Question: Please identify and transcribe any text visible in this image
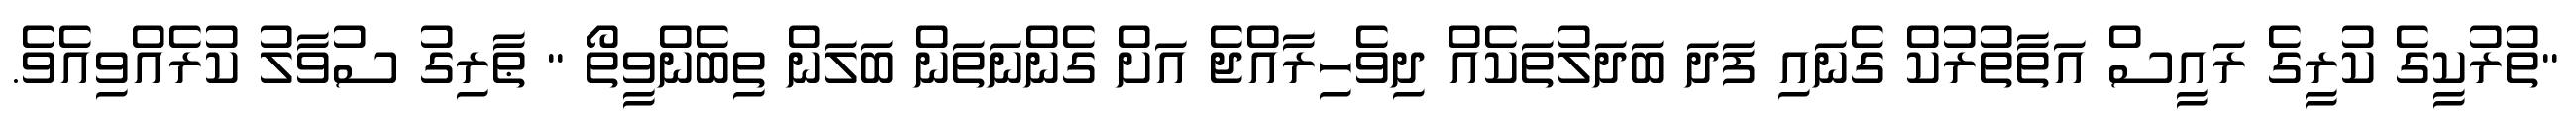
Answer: "ތުރުކީގެ ކުރީގެ ރައީސް އަތާތުރުކް ގެނައި ފަދަ ބަދަލުތަކެއް ދިވެހިރާއްޖެ އަށް ގެންނަތަން ބަލަން ތިބެންވީތޯ " ޠާރިގު ސުވާލު ކުރެއްވިއެވެ.